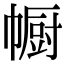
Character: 㡡